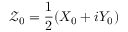
\mathcal { Z } _ { 0 } = \frac { 1 } { 2 } ( X _ { 0 } + i Y _ { 0 } )